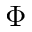
\Phi